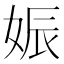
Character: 娠